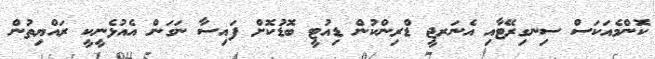
ކޮންމެއަކަސް ސިނގިރޭޓާއި އެނަރޖީ ޑްރިންކުން ޑިއުޓީ ބޮޑުކޮށް ފައިސާ ނަގަން އެއުޅެނީކީ ރައްޔިތުން